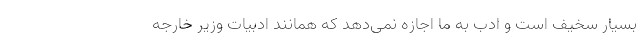
بسیار سخیف است و ادب به ما اجازه نمی‌دهد که همانند ادبیات وزیر خارجه